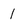
Character: 1